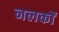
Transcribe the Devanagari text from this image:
नलकों